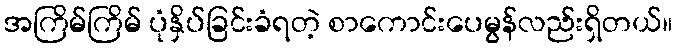
အကြိမ်ကြိမ် ပုံနှိပ်ခြင်းခံရတဲ့ စာကောင်းပေမွန်လည်းရှိတယ်။